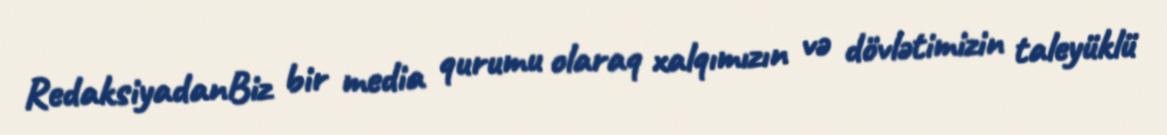
RedaksiyadanBiz bir media qurumu olaraq xalqımızın və dövlətimizin taleyüklü